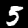
Digit: 5